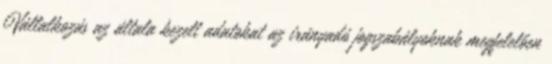
Vállalkozás az általa kezelt adatokat az irányadó jogszabályoknak megfelelően